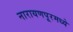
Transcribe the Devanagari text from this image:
नारायणपूरमध्ये